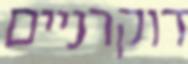
דוקרניים